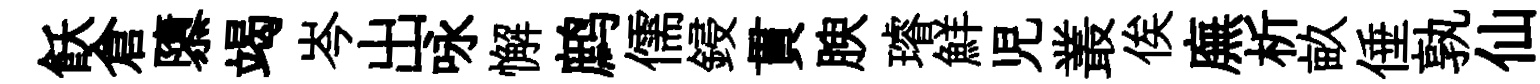
飫倉隳竭岑出咏懈鹧儒鋟貫腴璿鮮児叢俟廡析畝倕孰仙